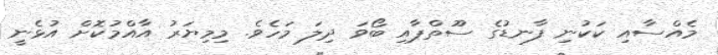
މެއްސާއި ކަކުނި ފާނޑުގެ ސޫތްޕާއި ބޯވަ ދިލަ މަހެވެ. މިމިޔަރު އާއްމުކޮށް އުޅެނީ